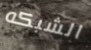
الشبكه